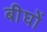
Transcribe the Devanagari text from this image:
बीघों